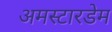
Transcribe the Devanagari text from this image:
अमस्टारडेम